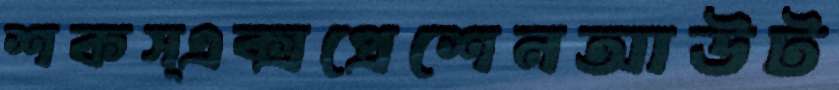
শকস্এক্সপ্রেশেনআউট